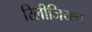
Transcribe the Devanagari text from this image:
रिलीजियन